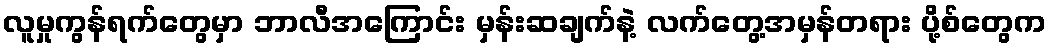
လူမှုကွန်ရက်တွေမှာ ဘာလီအကြောင်း မှန်းဆချက်နဲ့ လက်တွေ့အမှန်တရား ပို့စ်တွေက